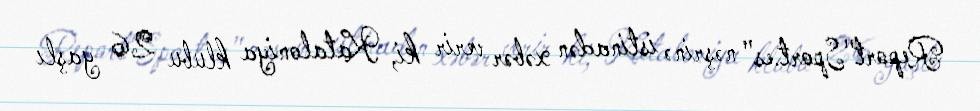
Report"Sport.es" nəşrinə istinadən xəbər verir ki, Kataloniya klubu 26 yaşlı